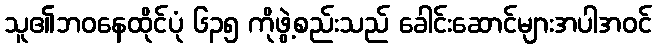
သူ၏ဘဝနေထိုင်ပုံ ၆၃၅ ကိုဖွဲ့စည်းသည် ခေါင်းဆောင်များအပါအဝင်